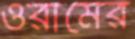
ওরামের